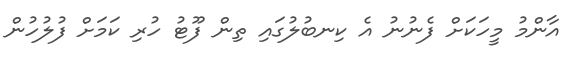
އާންމު މީހަކަށް ފެނުނު އެ ކިނބުލުގައި ތިން ފޫޓު ހުރި ކަމަށް ފުލުހުން